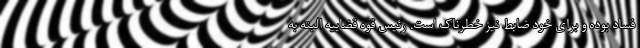
فساد بوده و برای خود ضابط نیز خطرناک است. رئیس قوه قضاییه البته به